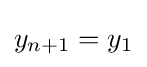
y_{n+1}=y_{1}